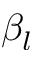
\beta _ { l }